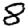
Digit: 8